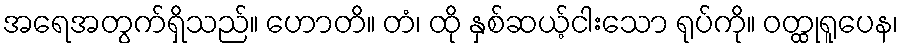
အရေအတွက်ရှိသည်။ ဟောတိ။ တံ၊ ထို နှစ်ဆယ့်ငါးသော ရုပ်ကို။ ဝတ္ထုရူပေန၊